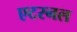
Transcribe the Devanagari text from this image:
एटरनल